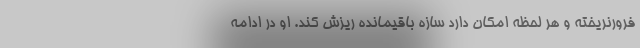
فرورنریخته و هر لحظه امکان دارد سازه‌ باقیمانده ریزش کند. او در ادامه